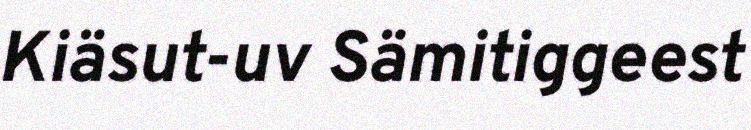
Kiäsut-uv Sämitiggeest